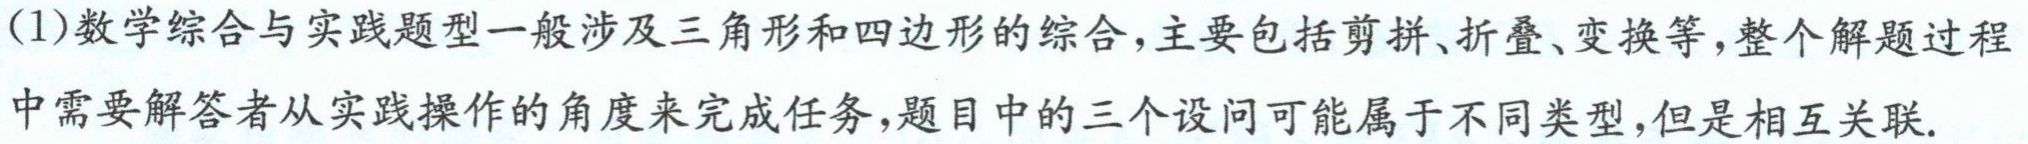
(1)数学综合与实践题型一般涉及三角形和四边形的综合，主要包括剪拼、折叠、变换等，整个解题过程中需要解答者从实践操作的角度来完成任务，题目中的三个设问可能属于不同类型，但是相互关联.